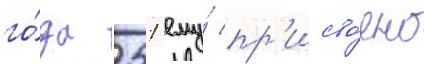
го́да 251 ему́ пр'исво́ено